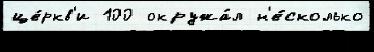
це́ркв'и 100 окружа́л н'е́сколько